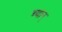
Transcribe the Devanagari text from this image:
च्वान्